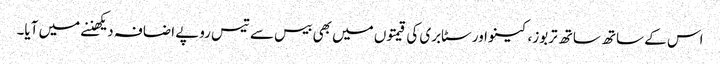
اس کے ساتھ ساتھ تربوز، کینو اور سٹابری کی قیمتوں میں بھی بیس سے تیس روپے اضافہ دیکھننے میں آیا۔